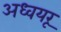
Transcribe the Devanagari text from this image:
अध्वयरू